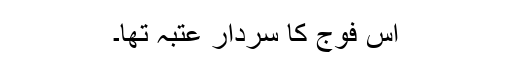
اس فوج کا سردار عتبہ تھا۔